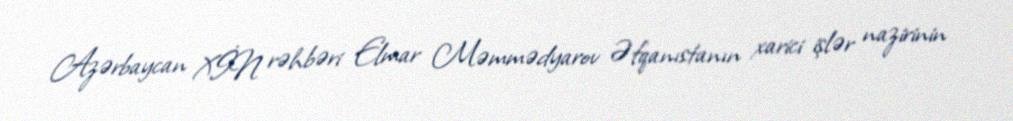
Azərbaycan XİN rəhbəri Elmar Məmmədyarov Əfqanıstanın xarici işlər nazirinin